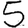
Digit: 5